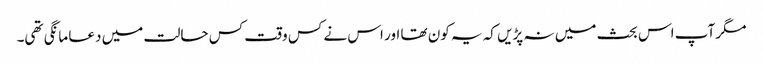
مگر آپ اس بحث میں نہ پڑیں کہ یہ کون تھا اور اس نے کس وقت کس حالت میں دعا مانگی تھی۔